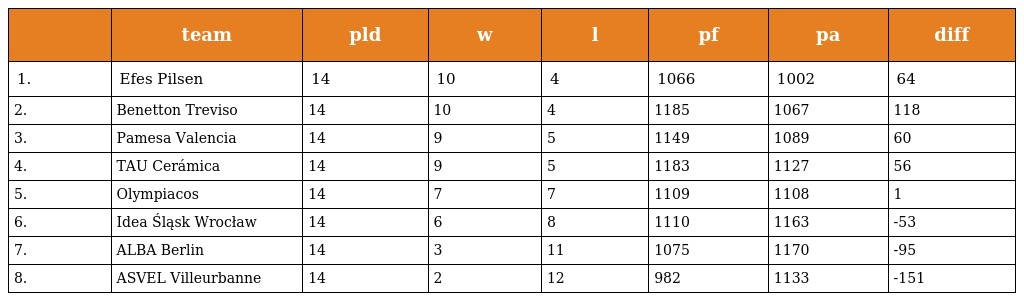
|  | team | pld | w | l | pf | pa | diff |
 | --- | --- | --- | --- | --- | --- | --- | --- |
 | 1. | Efes Pilsen | 14 | 10 | 4 | 1066 | 1002 | 64 |
 | 2. | Benetton Treviso | 14 | 10 | 4 | 1185 | 1067 | 118 |
 | 3. | Pamesa Valencia | 14 | 9 | 5 | 1149 | 1089 | 60 |
 | 4. | TAU Cerámica | 14 | 9 | 5 | 1183 | 1127 | 56 |
 | 5. | Olympiacos | 14 | 7 | 7 | 1109 | 1108 | 1 |
 | 6. | Idea Śląsk Wrocław | 14 | 6 | 8 | 1110 | 1163 | -53 |
 | 7. | ALBA Berlin | 14 | 3 | 11 | 1075 | 1170 | -95 |
 | 8. | ASVEL Villeurbanne | 14 | 2 | 12 | 982 | 1133 | -151 |